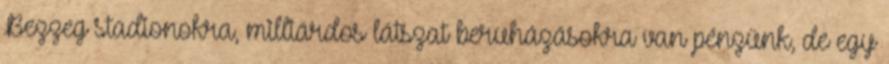
Bezzeg stadionokra, milliárdos látszat beruházásokra van pénzünk, de egy